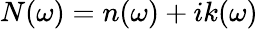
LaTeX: N(\omega)=n(\omega)+ik(\omega)